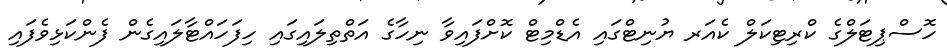
ހޮސްޕިޓަލްގެ ކްރިޓިކަލް ކެއަރ ޔުނިޓްގައި އެޑްމިޓް ކޮށްފައިވާ ނިހާގެ އަތްތިލައިގައި ހިފަހައްޓާލައިގެން ފެންކަޅިވެފައި